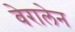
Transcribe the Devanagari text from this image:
वेरालेन